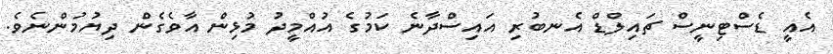
އެއީ ޑެސްޓިނީސް ޗައިލްޑް އެނބުރި އައިސްދާނެ ކަމުގެ އުއްމީދު މުޅިން އާވެގެން ދިޔުމުންނެވެ.